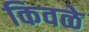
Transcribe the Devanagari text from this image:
किवळे